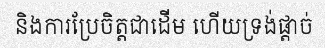
និងការប្រែចិត្តជាដើម ហើយទ្រង់ផ្តាច់